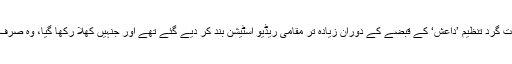
عراق کے تاریخی و تمدنی شہر موصل پر دہشت گرد تنظیم ’داعش‘ کے قبضے کے دوران زیادہ تر مقامی ریڈیو اسٹیشن بند کر دیے گئے تھے اور جنہیں کھلا رکھا گیا، وہ صرف جہادی مواد بشمول پراپیگنڈا نشر کرتے تھے۔